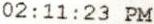
02:11:23 PM